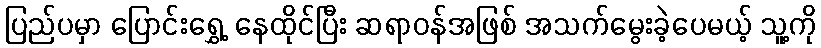
ပြည်ပမှာ ပြောင်းရွှေ့ နေထိုင်ပြီး ဆရာဝန်အဖြစ် အသက်မွေးခဲ့ပေမယ့် သူ့ကို